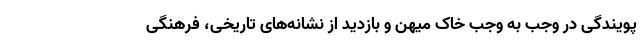
پویندگی در وجب به وجبِ خاکِ میهن و بازدید از نشانه‌های تاریخی، فرهنگی